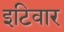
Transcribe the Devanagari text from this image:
इटिवार